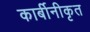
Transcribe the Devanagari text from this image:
कार्बीनीकृत